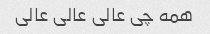
همه چی عالی عالی عالی